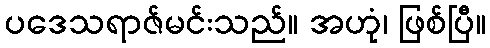
ပဒေသရာဇ်မင်းသည်။ အဟုံ၊ ဖြစ်ပြီ။